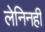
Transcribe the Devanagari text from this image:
लेनिनही